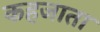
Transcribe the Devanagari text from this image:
कहजाता